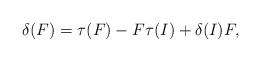
LaTeX: \begin{align*} \delta (F) = \tau (F) - F \tau (I) + \delta (I ) F ,\end{align*}